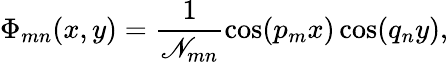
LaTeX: \Phi_{mn}(x,y)=\frac{1}{\mathscr{N}_{mn}}\cos(p_{m}x)\cos(q_{n}y),